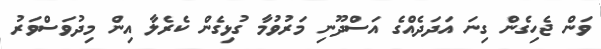
ވަން ޖެހިގެން ގިނަ އަދަދެއްގެ އަސްދޫނި މަރުވުމާ ގުޅިގެން ކެރެލާ އިން މިދުވަސްވަރު